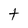
Character: t